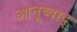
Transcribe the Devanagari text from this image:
आनूव्वाद्